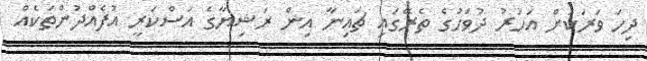
ދިހަ ވަރަކަށް އަހަރު ދުވަހުގެ ތެރޭގައި ޗައިނާ އިން ރަޝިޔާގެ އަސްކަރީ އުފެއްދުންތަކެއް